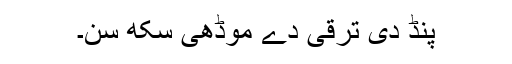
پِنڈ دی ترقی دے موڈھی سِکھ سن۔